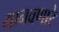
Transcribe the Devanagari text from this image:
मानवणारे